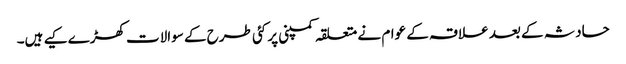
حادثہ کے بعد علاقہ کے عوام نے متعلقہ کمپنی پر کئی طرح کے سوالات کھڑے کیے ہیں۔